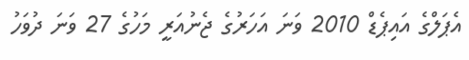
އެޕަލްގެ އައިޕެޑް 2010 ވަނަ އަހަރުގެ ޖެނުއަރީ މަހުގެ 27 ވަނަ ދުވަހު